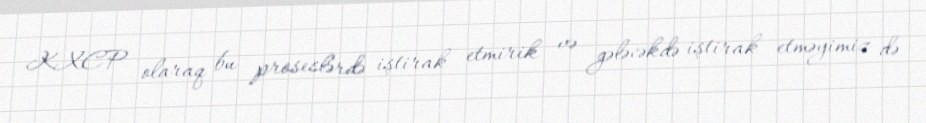
KXCP olaraq bu proseslərdə iştirak etmirik və gələcəkdə iştirak etməyimiz də